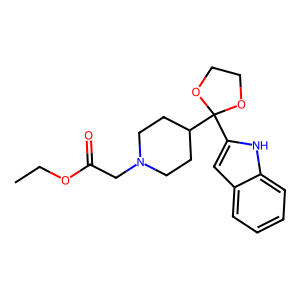
SMILES: CCOC(=O)CN1CCC(C2(c3cc4ccccc4[nH]3)OCCO2)CC1
Inhibits HIV replication: No